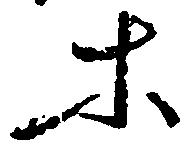
等